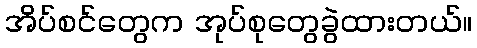
အိပ်စင်တွေက အုပ်စုတွေခွဲထားတယ်။